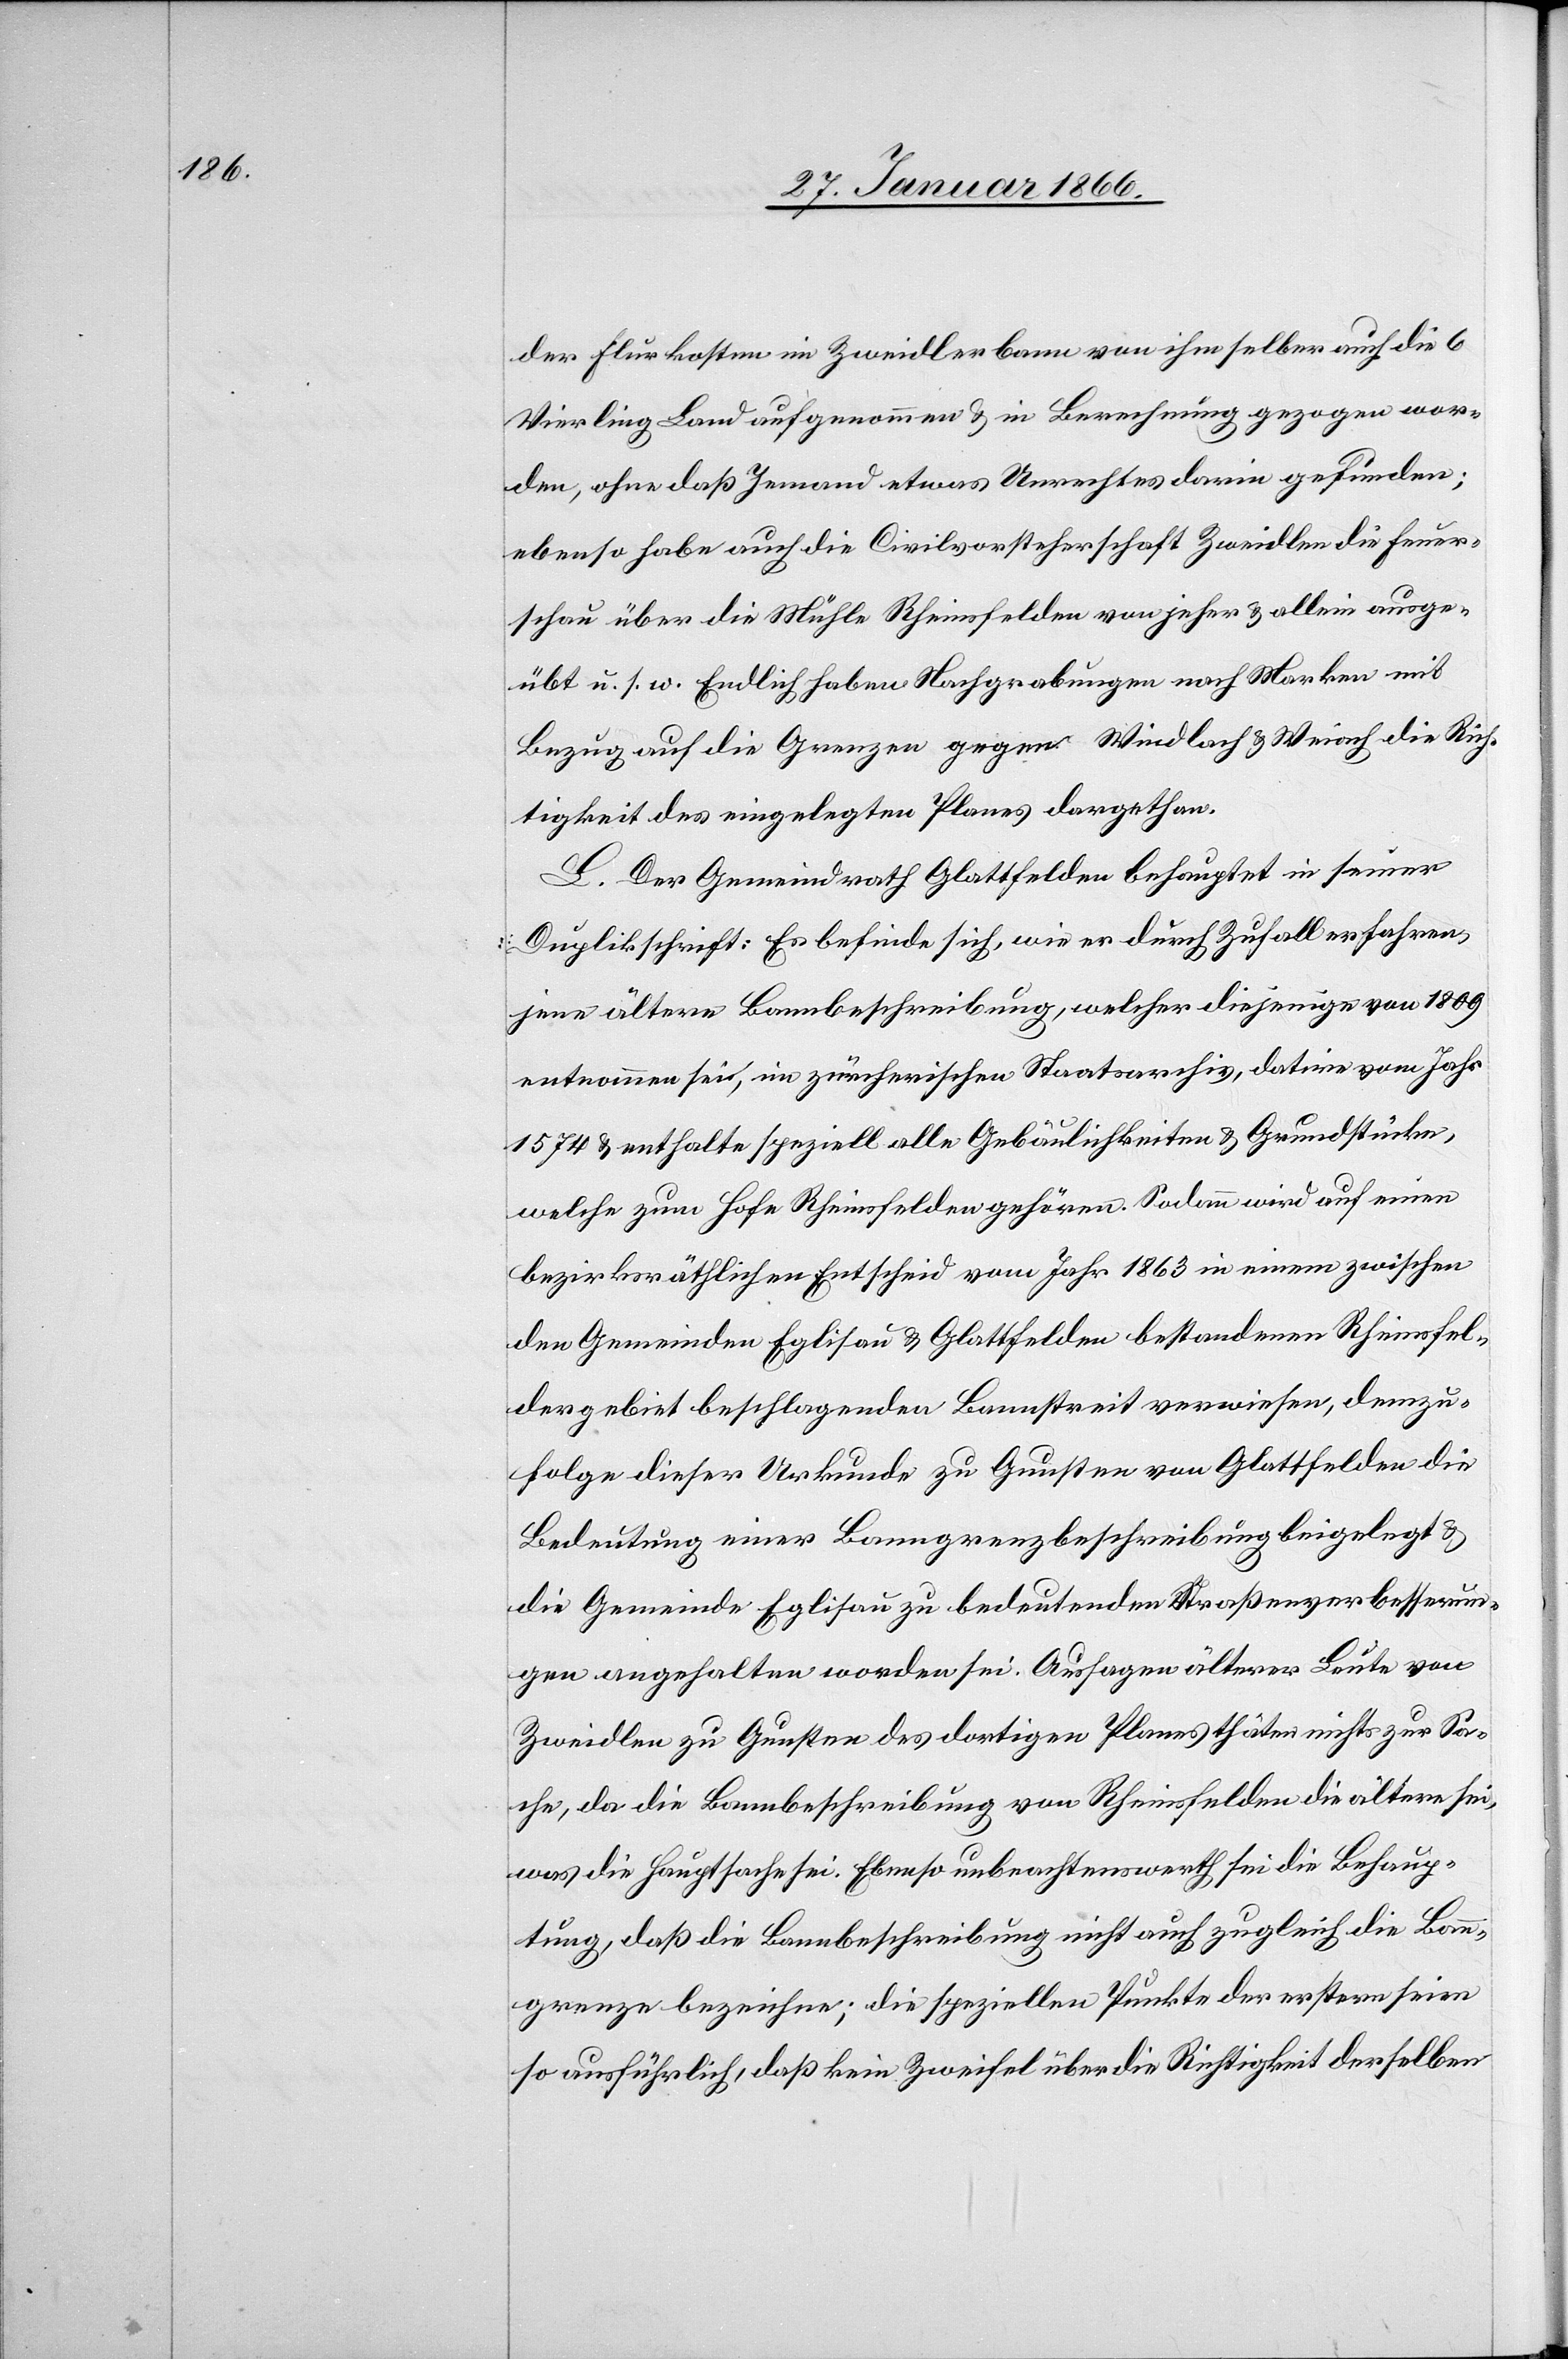
der Flurkosten in Zweidlerbann von ihm selber auch die 6
Vierling Land aufgenommen u. in Berechnung gezogen wor¬
den, ohne daß Jemand etwas Unrechtes darin gefunden;
ebenso habe auch die Civilvorsteherschaft Zweidlen die Feuer¬
schau über die Mühle Rheinsfelden von jeher u. allein ausge¬
übt u. s. w. Endlich haben Nachgrabungen nach Marken mit
Bezug auf die Grenzen gegen Windlach u. Weiach die Rich¬
tigkeit des eingelegten Planes dargethan.
L. Der Gemeindrath Glattfelden behauptet in seiner
Duplikschrift: Es befinde sich, wie er durch Zufall erfahren,
jene ältere Bannbeschreibung, welcher diejenige von 1809
entnommen sei, im zürcherischen Staatsarchiv, datire vom Jahr
1574 u. enthalte speziell alle Gebäulichkeiten u. Grundstücke,
welche zum Hofe Rheinsfelden gehören. Sodann wird auf einen
bezirksräthlichen Entscheid vom Jahr 1863 in einem zwischen
den Gemeinden Eglisau u. Glattfelden bestandenen Rheinsfel¬
dergebiet beschlagenden Bannstreit verwiesen, demzu¬
folge diese Urkunde zu Gunsten von Glattfelden die
Bedeutung einer Banngrenzbeschreibung beigelegt u.
die Gemeinde Eglisau zu bedeutenden Straßenverbesserun¬
gen angehalten worden sei. Aussagen älterer Leute von
Zweidlen zu Gunsten des dortigen Planes thäten nichts zur Sa¬
che, da die Bannbeschreibung von Rheinsfelden die ältere sei,
was die Hauptsache sei. Ebenso unbeachtenswerth sei die Behaup¬
tung, daß die Bannbeschreibung nicht auch zugleich die Bann¬
grenze bezeichne; die speziellen Punkte der erstern seien
so ausführlich, daß kein Zweifel über die Richtigkeit derselben